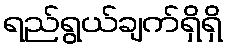
ရည်ရွယ်ချက်ရှိရှိ